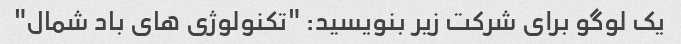
یک لوگو برای شرکت زیر بنویسید: "تکنولوژی های باد شمال"